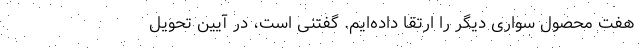
هفت محصول سواری دیگر را ارتقا داده‌ایم. گفتنی است، در آیین تحویل